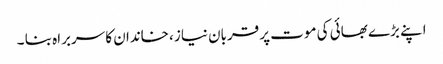
اپنے بڑے بھائی کی موت پر قربان نیاز ،خاندان کا سربراہ بنا ۔